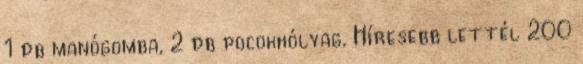
1 db manógomba, 2 db pocokhólyag, Híresebb lettél 200